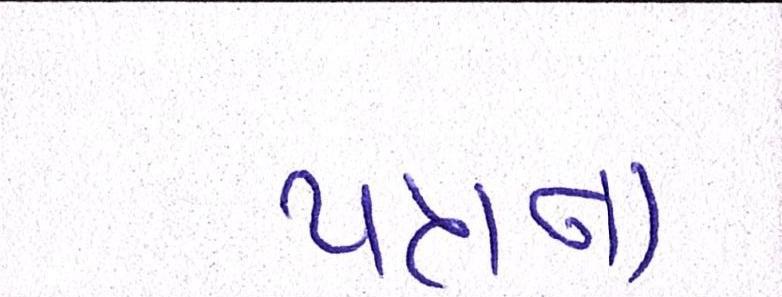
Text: પત્રના